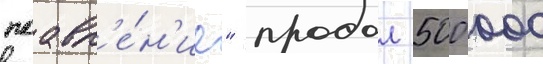
поавл'е́н'ие" продал 500 000